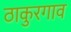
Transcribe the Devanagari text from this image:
ठाकुरगाव